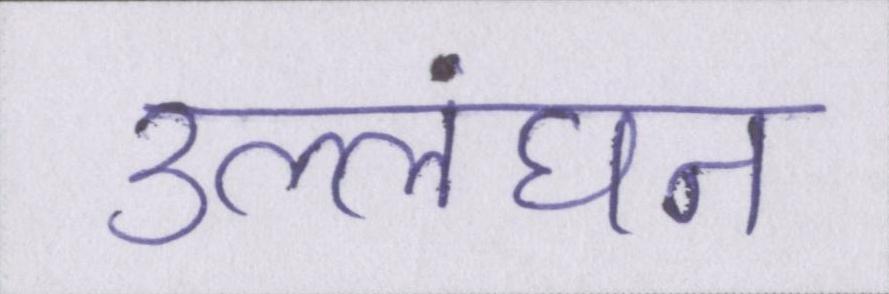
उल्लंघन